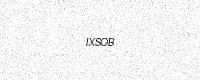
Text: IXSOB